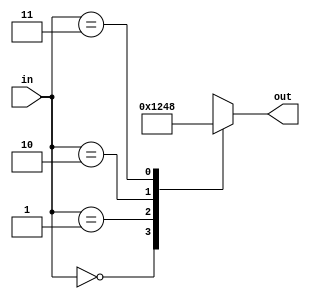
module decoder(
    input [1:0] in,  
    output reg [3:0] out 
);

always @ (in)
begin
    case(in)
        2'b00: out = 4'b0001;
        2'b01: out = 4'b0010;
        2'b10: out = 4'b0100;
        2'b11: out = 4'b1000;
        default: out = 4'b0000;
    endcase
end

endmodule